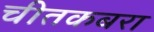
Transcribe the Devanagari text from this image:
चीतकबरा